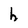
Character: h